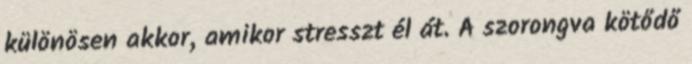
különösen akkor, amikor stresszt él át. A szorongva kötődő